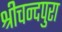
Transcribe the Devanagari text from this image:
श्रीचन्दपुरा